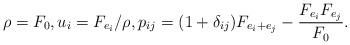
LaTeX: \begin{align*} \rho=F_0, u_i=F_{e_i}/\rho, p_{ij}=(1+\delta_{ij})F_{e_i+e_j}-\frac{F_{e_i}F_{e_j}}{F_0}.\end{align*}